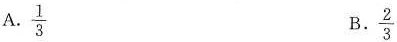
A.\frac{1}{3} B.\frac{2}{3}